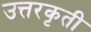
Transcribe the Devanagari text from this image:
उत्तरकृती